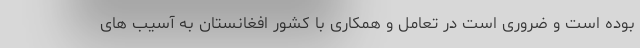
بوده است و ضروری است در تعامل و همکاری با کشور افغانستان به آسیب های